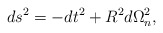
\begin{align*}ds^2 =-dt^2 +R^2d\Omega_n^2,\end{align*}